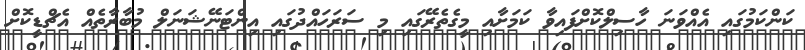
ކަންކަމުގައި އެއްވަނަ ހާސިލްކޮށްފައިވާ ކަމަށާއި މީގެތެރޭގައި މި ސަރަހައްދުގައި އިންޓަނޭޝަނަލް މުބާރާތެއް އެޗްޑީކޮށް